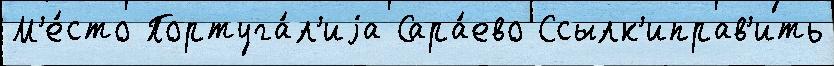
М'е́сто Португа́л'иjа Сара́ево Ссылк'иправ'ить